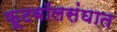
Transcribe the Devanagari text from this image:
फूटबॉलसंघात